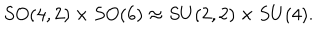
S O ( 4 , 2 ) \times S O ( 6 ) \approx S U ( 2 , 2 ) \times S U ( 4 ) .